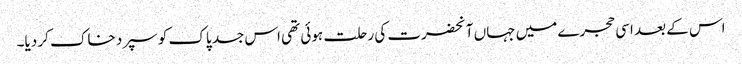
اس کے بعد اسی حجرے میں جہاں آنحضرت کی رحلت ہوئی تھی اس جسد پاک کو سپرد خاک کر دیا۔